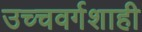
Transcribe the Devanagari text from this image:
उच्चवर्गशाही